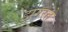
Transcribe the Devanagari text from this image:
झगरते